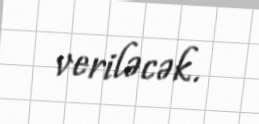
veriləcək.